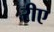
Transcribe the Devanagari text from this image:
रीए